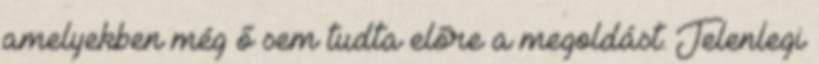
amelyekben még ő sem tudta előre a megoldást. Jelenlegi